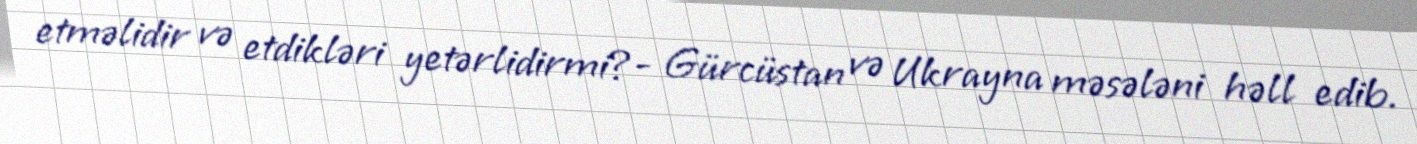
etməlidir və etdikləri yetərlidirmi?- Gürcüstan və Ukrayna məsələni həll edib.